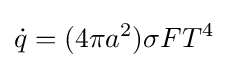
{\dot {q}}=(4\pi a^{2})\sigma FT^{4}